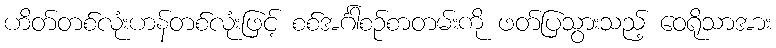
ဟိတ်တစ်လုံးဟန်တစ်လုံးဖြင့် စစ်အင်္ဂါစဉ်စာတမ်းကို ဖတ်ပြသွားသည့် ဝေရိုသာအား